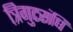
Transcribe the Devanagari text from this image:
त्रिगुटसंधि